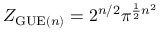
Z _ { { \mathrm { G U E } } ( n ) } = 2 ^ { n / 2 } \pi ^ { { \frac { 1 } { 2 } } n ^ { 2 } }